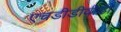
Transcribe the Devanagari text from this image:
एचडीडीवीडी